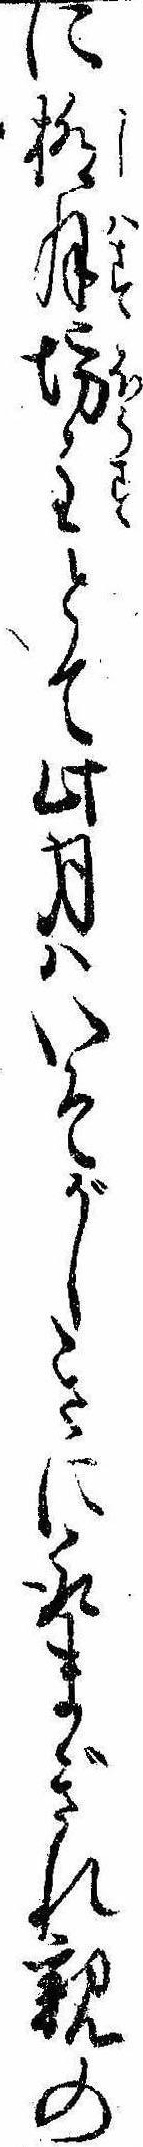
に極月坊主とて此月はいそがしきに取まぎれ親の